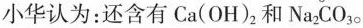
小华认为：还含有Ca(OH)_{2}和Na_{2}CO_{3}。